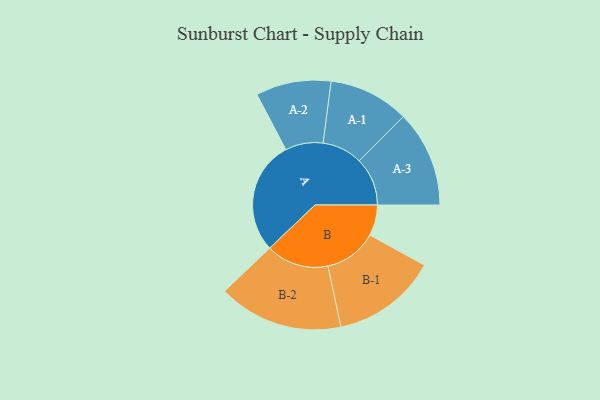
{"axis": {"x": "Segment", "y": "Value"}, "legend": ["", "A", "B"], "data": [{"x": "A", "y": 482, "type": ""}, {"x": "B", "y": 131, "type": ""}, {"x": "A-1", "y": 171, "type": "A"}, {"x": "A-2", "y": 160, "type": "A"}, {"x": "A-3", "y": 205, "type": "A"}, {"x": "B-1", "y": 224, "type": "B"}, {"x": "B-2", "y": 266, "type": "B"}]}